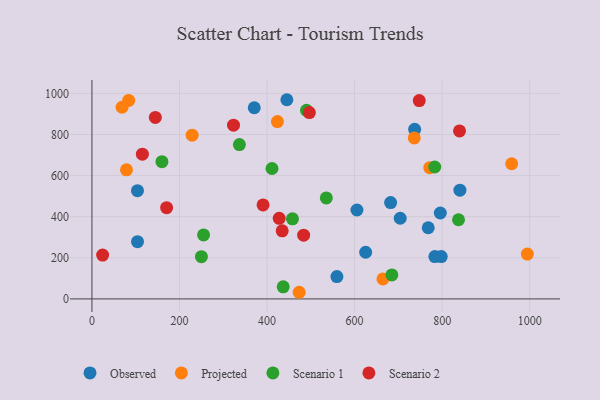
{"axis": {"x": "Investment", "y": "Rating"}, "legend": ["Observed", "Projected", "Scenario 1", "Scenario 2"], "data": [{"x": "840.6", "y": 528.8, "type": "Observed"}, {"x": "104.1", "y": 278.4, "type": "Observed"}, {"x": "783.4", "y": 206.1, "type": "Observed"}, {"x": "559.6", "y": 108.7, "type": "Observed"}, {"x": "768.2", "y": 346.3, "type": "Observed"}, {"x": "737.2", "y": 824.9, "type": "Observed"}, {"x": "605.4", "y": 432.5, "type": "Observed"}, {"x": "370.8", "y": 930.0, "type": "Observed"}, {"x": "795.8", "y": 417.9, "type": "Observed"}, {"x": "682.3", "y": 468.6, "type": "Observed"}, {"x": "625.3", "y": 227.1, "type": "Observed"}, {"x": "445.3", "y": 969.1, "type": "Observed"}, {"x": "104.0", "y": 526.6, "type": "Observed"}, {"x": "797.9", "y": 206.1, "type": "Observed"}, {"x": "704.2", "y": 392.5, "type": "Observed"}, {"x": "423.7", "y": 862.8, "type": "Projected"}, {"x": "473.4", "y": 32.3, "type": "Projected"}, {"x": "664.8", "y": 97.2, "type": "Projected"}, {"x": "84.0", "y": 965.6, "type": "Projected"}, {"x": "228.9", "y": 796.7, "type": "Projected"}, {"x": "78.9", "y": 627.9, "type": "Projected"}, {"x": "994.7", "y": 218.1, "type": "Projected"}, {"x": "958.8", "y": 657.6, "type": "Projected"}, {"x": "771.7", "y": 638.4, "type": "Projected"}, {"x": "68.7", "y": 932.6, "type": "Projected"}, {"x": "736.3", "y": 783.3, "type": "Projected"}, {"x": "255.0", "y": 311.1, "type": "Scenario 1"}, {"x": "250.1", "y": 205.6, "type": "Scenario 1"}, {"x": "535.4", "y": 491.3, "type": "Scenario 1"}, {"x": "685.1", "y": 116.6, "type": "Scenario 1"}, {"x": "336.8", "y": 750.9, "type": "Scenario 1"}, {"x": "458.1", "y": 389.6, "type": "Scenario 1"}, {"x": "411.3", "y": 634.6, "type": "Scenario 1"}, {"x": "159.9", "y": 667.5, "type": "Scenario 1"}, {"x": "783.1", "y": 641.7, "type": "Scenario 1"}, {"x": "837.4", "y": 385.1, "type": "Scenario 1"}, {"x": "490.2", "y": 917.7, "type": "Scenario 1"}, {"x": "436.9", "y": 58.9, "type": "Scenario 1"}, {"x": "434.6", "y": 331.3, "type": "Scenario 2"}, {"x": "747.7", "y": 964.9, "type": "Scenario 2"}, {"x": "323.4", "y": 845.2, "type": "Scenario 2"}, {"x": "496.7", "y": 906.7, "type": "Scenario 2"}, {"x": "390.9", "y": 457.4, "type": "Scenario 2"}, {"x": "839.7", "y": 817.1, "type": "Scenario 2"}, {"x": "24.4", "y": 213.1, "type": "Scenario 2"}, {"x": "144.8", "y": 883.1, "type": "Scenario 2"}, {"x": "115.2", "y": 704.1, "type": "Scenario 2"}, {"x": "427.8", "y": 392.1, "type": "Scenario 2"}, {"x": "170.6", "y": 443.8, "type": "Scenario 2"}, {"x": "483.6", "y": 310.1, "type": "Scenario 2"}]}